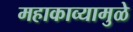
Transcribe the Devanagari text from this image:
महाकाव्यामुळे